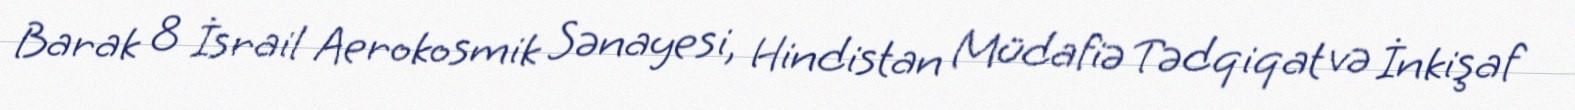
Barak 8 İsrail Aerokosmik Sənayesi, Hindistan Müdafiə Tədqiqat və İnkişaf